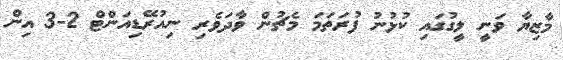
މާޒިޔާ ވަނީ ލީގުގައި ކުޅުނު ފުރަތަމަ މެޗުން ވާދަވެރި ނިއުރޭޑިއަންޓް 2-3 އިން